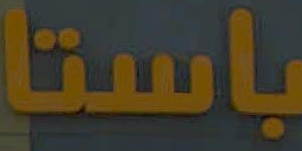
باستا